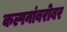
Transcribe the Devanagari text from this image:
कल्पनांबरोबर